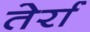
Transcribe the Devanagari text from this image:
तेर्रा